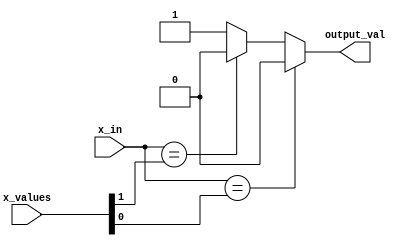
module x_based_case_statement (
    input wire x_in,
    input wire [2:0] x_values,
    output reg output_val
);

always @(*)
begin
    case(x_in)
        x_values[0]: output_val = 3'b000;
        x_values[1]: output_val = 3'b010;
        x_values[2]: output_val = 3'b111;
        default: output_val = 3'b101;
    endcase
end

endmodule